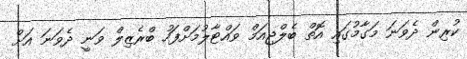
ކުރިން ދެވަނަ މަގާމުގައި އޮތް ބެލްޖިއަމް ވައްޓާލުމަށްފަހު ބްރެޒިލް ވަނީ ދެވަނަ އަށް